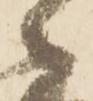
々